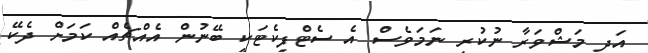
އަދި މަޝްވަރާ ނުކުރި ނަމަވެސް އެ ސެޓްފިކެޓަކީ ބޭނުން އެއްޗެއް ކަމަށް ދެކޭ